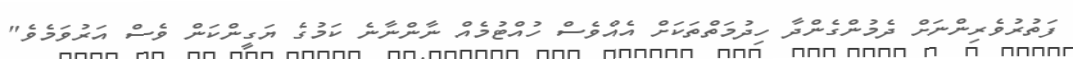
ފަތުރުވެރިންނަށް ދެމުންގެންދާ ހިދުމަތްތަކަށް އެއްވެސް ހުއްޓުމެއް ނާންނާނެ ކަމުގެ ޔަގީންކަން ވެސް އަރުވަމެވެ"